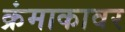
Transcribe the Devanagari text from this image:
क्रंमाकावर